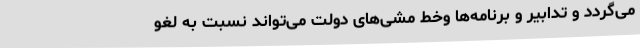
می‌گردد و تدابیر و برنامه‌ها وخط مشی‌های دولت می‌تواند نسبت به لغو